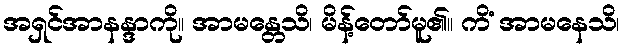
အရှင်အာနန္ဒာကို။ အာမန္တေသိ၊ မိန့်တော်မူ၏။ ကိံ အာမနေသိ၊